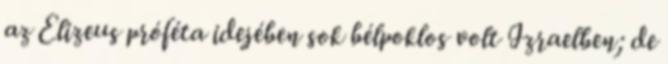
az Elizeus próféta idejében sok bélpoklos volt Izraelben; de